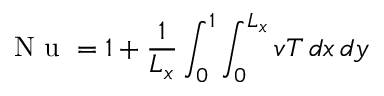
\mathrm { ~ N ~ u ~ } = 1 + \frac { 1 } { L _ { x } } \int _ { 0 } ^ { 1 } \int _ { 0 } ^ { L _ { x } } v T \, d x \, d y